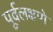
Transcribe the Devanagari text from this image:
पूर्वलक्षणे